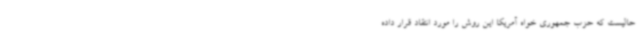
حالیست که حزب جمهوری خواه آمریکا این روش را مورد انتقاد قرار داده